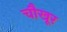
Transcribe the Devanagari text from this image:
चौखूर